Language: tamil
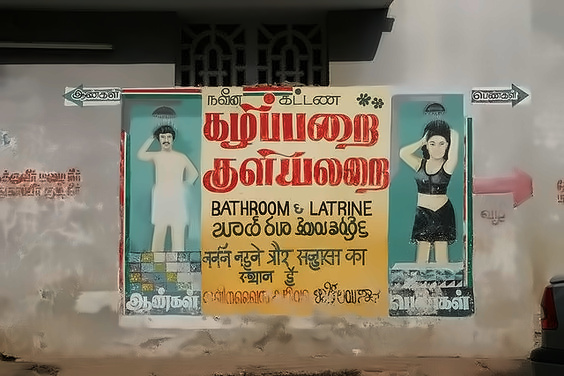
Transcription: நவீன ஆண்கள் குளியலறை கழிப்பறை கட்டண